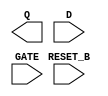
module sky130_fd_sc_hvl__dlrtp (
    Q      ,
    RESET_B,
    D      ,
    GATE
);

    output Q      ;
    input  RESET_B;
    input  D      ;
    input  GATE   ;

    // Voltage supply signals
    supply1 VPWR;
    supply0 VGND;
    supply1 VPB ;
    supply0 VNB ;

endmodule